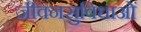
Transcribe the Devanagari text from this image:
जीवनसुविधाओं